Source: Handwritten
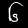
Digit: ၆ (6)